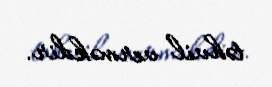
təhvil verməkdir.